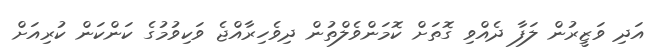
އަދި ވަޒީރުން ލަފާ ދެއްވި ގޮތަށް ކޮމަންވެލްތުން ދިވެހިރާއްޖެ ވަކިވުމުގެ ކަންކަން ކުރިއަށް